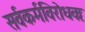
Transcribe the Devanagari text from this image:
सर्वकर्मविरोधकः